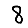
Digit: 8